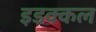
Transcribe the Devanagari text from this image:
इडक्कल